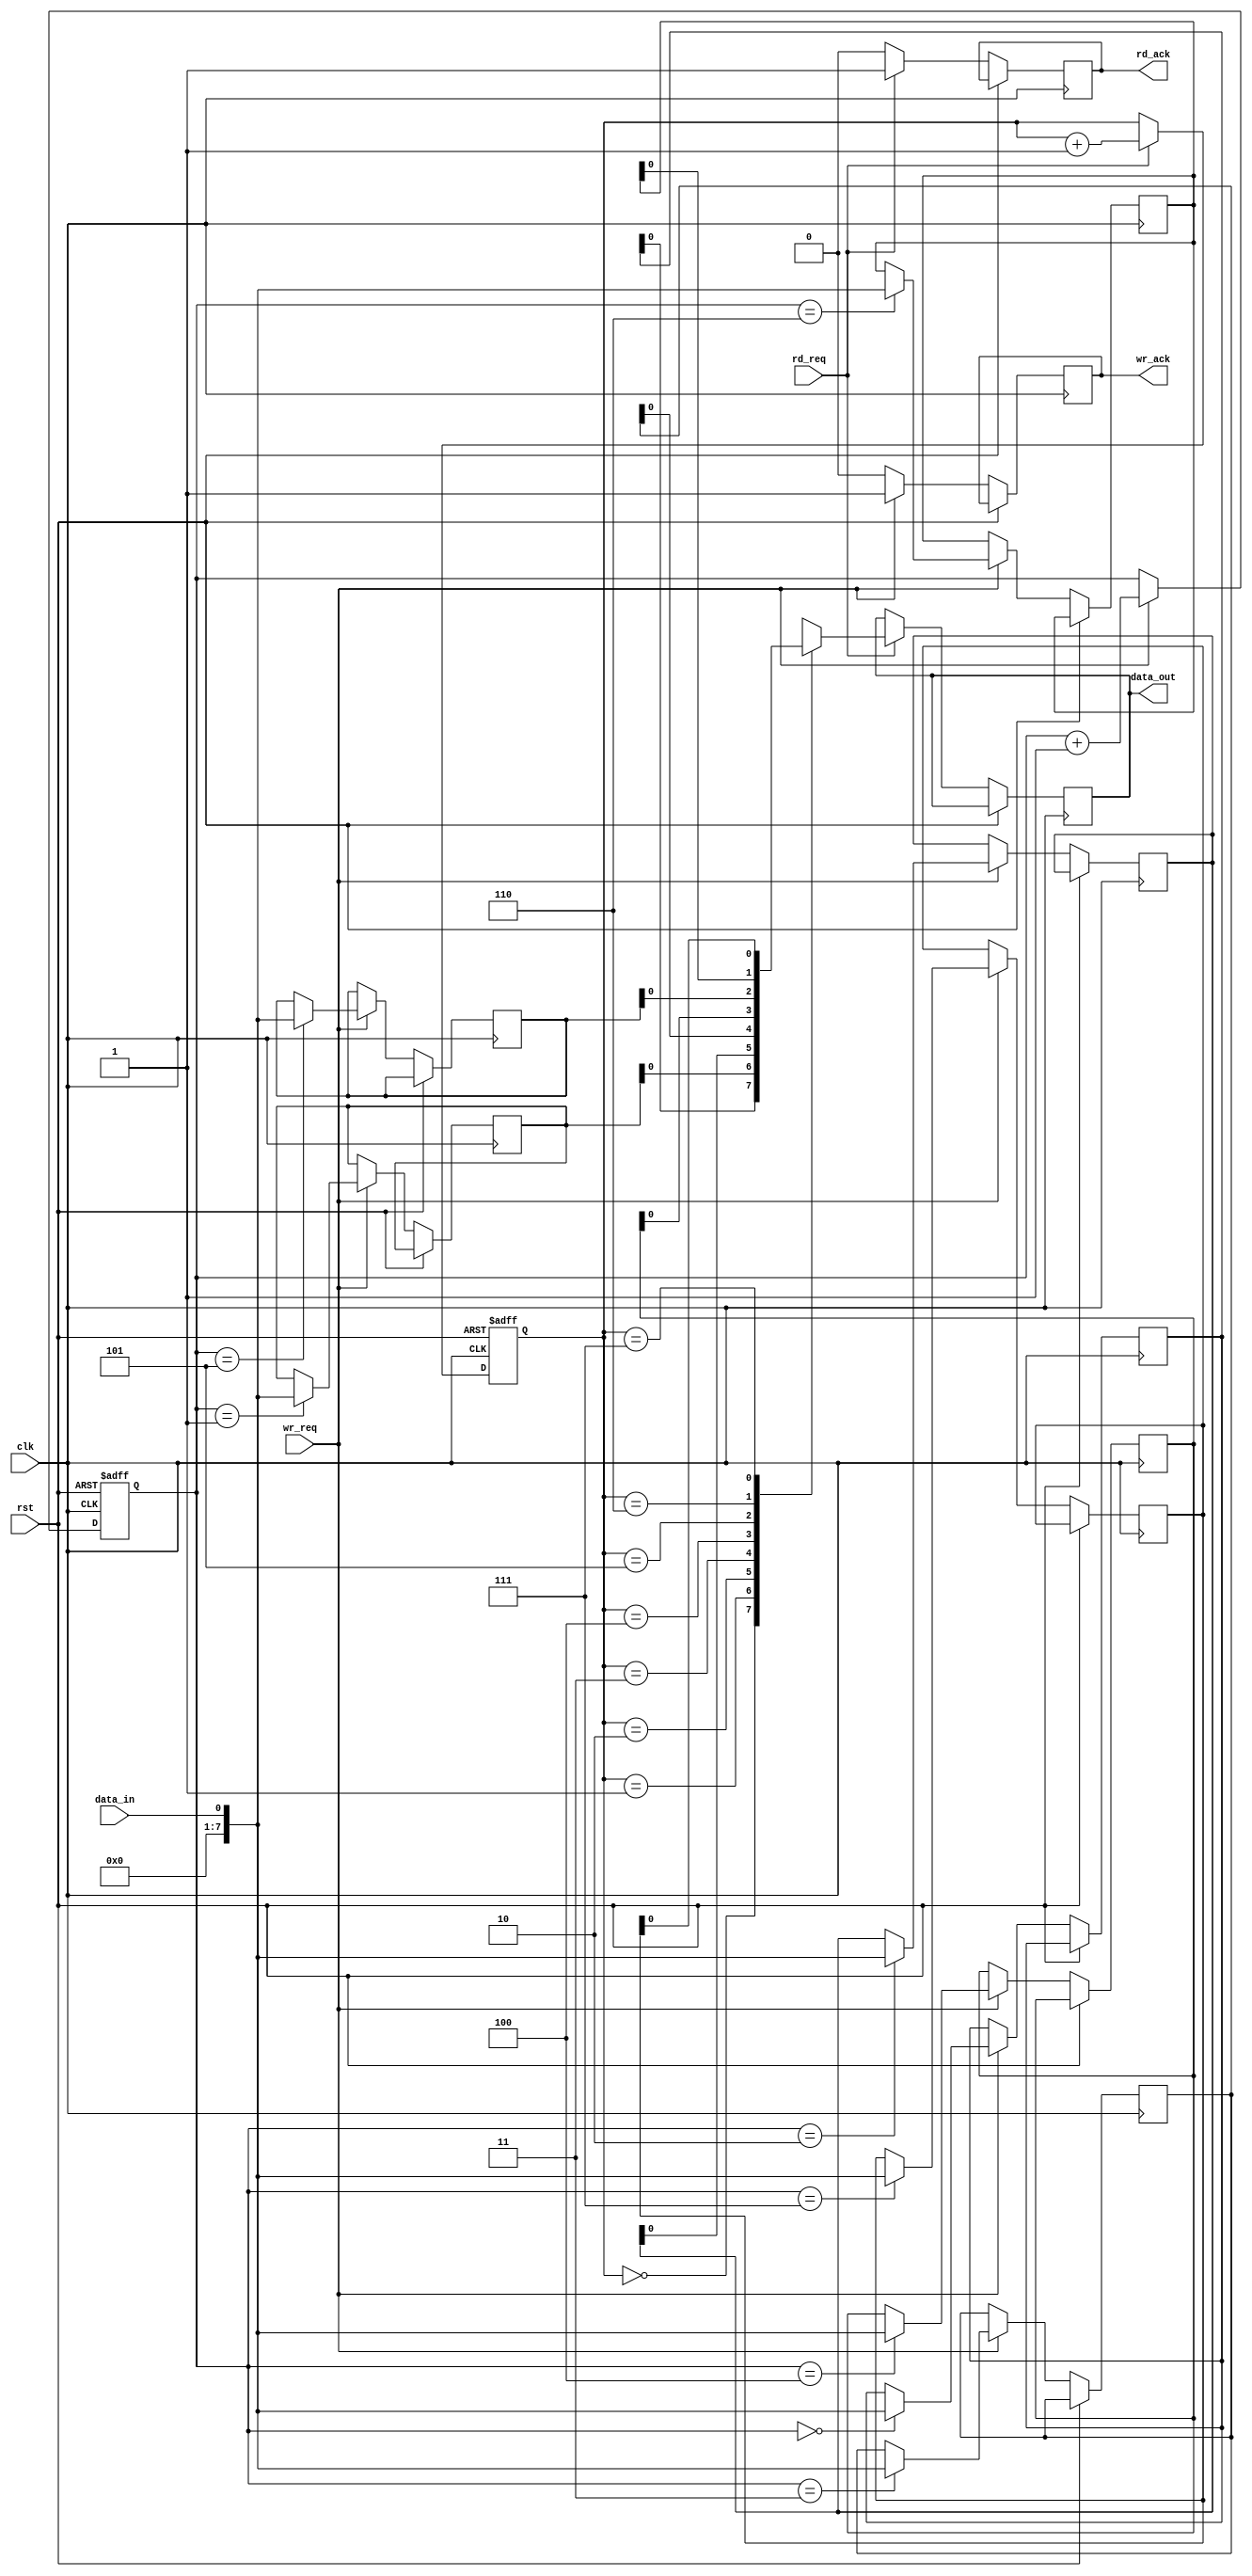
module timing_control_sync(
    input wire clk,
    input wire rst,
    input wire data_in,
    input wire wr_req,
    input wire rd_req,
    output reg data_out,
    output reg rd_ack,
    output reg wr_ack
);

reg [7:0] fifo_buffer [0:7];
reg [2:0] wr_ptr = 3;
reg [2:0] rd_ptr = 3;

always @(posedge clk or posedge rst) begin
    if (rst) begin
        wr_ptr <= 3;
        rd_ptr <= 3;
    end else begin
        if (wr_req) begin
            fifo_buffer[wr_ptr] <= data_in;
            wr_ptr <= wr_ptr + 1;
            wr_ack <= 1;
        end else begin
            wr_ack <= 0;
        end

        if (rd_req) begin
            data_out <= fifo_buffer[rd_ptr];
            rd_ptr <= rd_ptr + 1;
            rd_ack <= 1;
        end else begin
            rd_ack <= 0;
        end
    end
end

endmodule